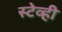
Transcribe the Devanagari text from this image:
स्टेव्ही